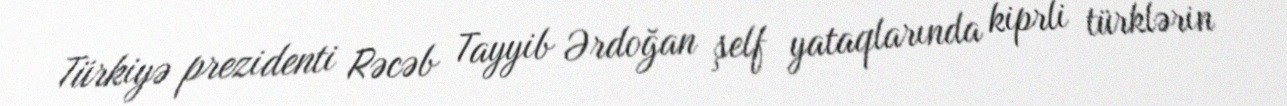
Türkiyə prezidenti Rəcəb Tayyib Ərdoğan şelf yataqlarında kiprli türklərin